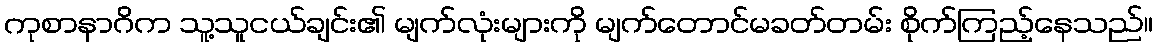
ကုစာနာဂိက သူ့သူငယ်ချင်း၏ မျက်လုံးများကို မျက်တောင်မခတ်တမ်း စိုက်ကြည့်နေသည်။